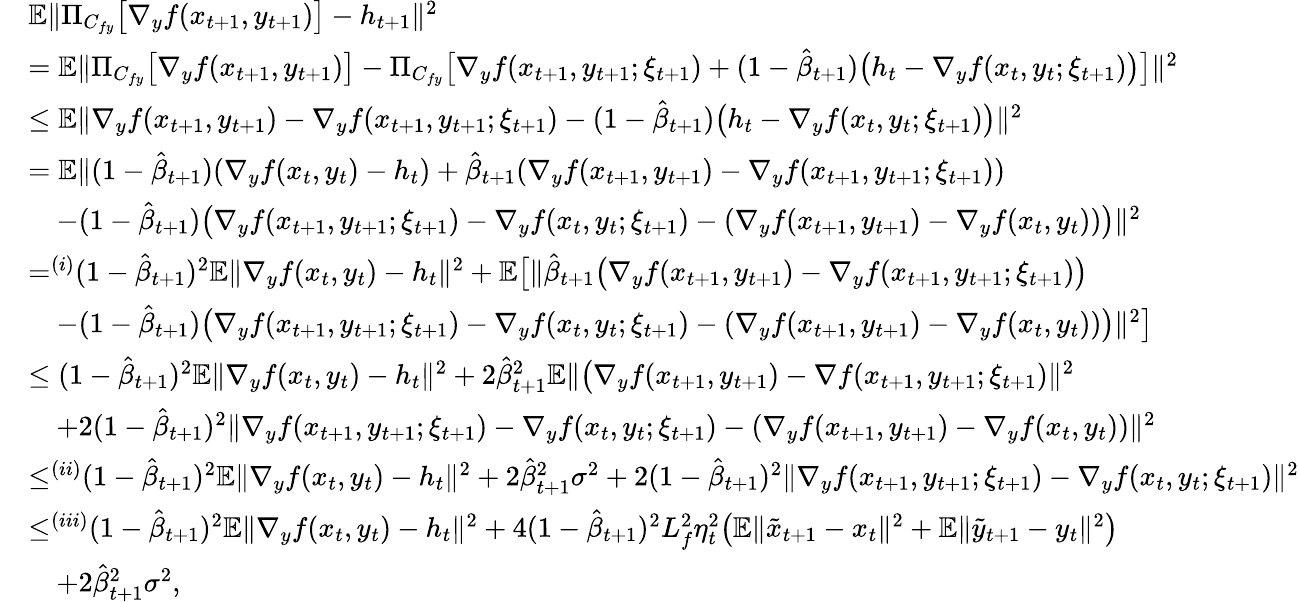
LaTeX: \begin{array}{rl}&{\mathbb{E}\| \Pi_{C_{fy}}\big[\nabla_{y}f(x_{t+1},y_{t+1})\big]-h_{t+1}\| ^{2}}\\ &{=\mathbb{E}\| \Pi_{C_{fy}}\big[\nabla_{y}f(x_{t+1},y_{t+1})\big]-\Pi_{C_{fy}}\big[\nabla_{y}f(x_{t+1},y_{t+1};\xi_{t+1})+(1-\hat{\beta}_{t+1})\big(h_{t}-\nabla_{y}f(x_{t},y_{t};\xi_{t+1})\big)\big]\| ^{2}}\\ &{\leq\mathbb{E}\| \nabla_{y}f(x_{t+1},y_{t+1})-\nabla_{y}f(x_{t+1},y_{t+1};\xi_{t+1})-(1-\hat{\beta}_{t+1})\big(h_{t}-\nabla_{y}f(x_{t},y_{t};\xi_{t+1})\big)\| ^{2}}\\ &{=\mathbb{E}\| (1-\hat{\beta}_{t+1})(\nabla_{y}f(x_{t},y_{t})-h_{t})+\hat{\beta}_{t+1}(\nabla_{y}f(x_{t+1},y_{t+1})-\nabla_{y}f(x_{t+1},y_{t+1};\xi_{t+1}))}\\ &{\quad-(1-\hat{\beta}_{t+1})\big(\nabla_{y}f(x_{t+1},y_{t+1};\xi_{t+1})-\nabla_{y}f(x_{t},y_{t};\xi_{t+1})-(\nabla_{y}f(x_{t+1},y_{t+1})-\nabla_{y}f(x_{t},y_{t}))\big)\| ^{2}}\\ &{\mathop{=}^{(i)}(1-\hat{\beta}_{t+1})^{2}\mathbb{E}\| \nabla_{y}f(x_{t},y_{t})-h_{t}\| ^{2}+\mathbb{E}\big[\| \hat{\beta}_{t+1}\big(\nabla_{y}f(x_{t+1},y_{t+1})-\nabla_{y}f(x_{t+1},y_{t+1};\xi_{t+1})\big)}\\ &{\quad-(1-\hat{\beta}_{t+1})\big(\nabla_{y}f(x_{t+1},y_{t+1};\xi_{t+1})-\nabla_{y}f(x_{t},y_{t};\xi_{t+1})-(\nabla_{y}f(x_{t+1},y_{t+1})-\nabla_{y}f(x_{t},y_{t}))\big)\| ^{2}\big]}\\ &{\leq(1-\hat{\beta}_{t+1})^{2}\mathbb{E}\| \nabla_{y}f(x_{t},y_{t})-h_{t}\| ^{2}+2\hat{\beta}_{t+1}^{2}\mathbb{E}\| \big(\nabla_{y}f(x_{t+1},y_{t+1})-\nabla f(x_{t+1},y_{t+1};\xi_{t+1})\| ^{2}}\\ &{\quad+2(1-\hat{\beta}_{t+1})^{2}\| \nabla_{y}f(x_{t+1},y_{t+1};\xi_{t+1})-\nabla_{y}f(x_{t},y_{t};\xi_{t+1})-(\nabla_{y}f(x_{t+1},y_{t+1})-\nabla_{y}f(x_{t},y_{t}))\| ^{2}}\\ &{\mathop{\leq}^{(ii)}(1-\hat{\beta}_{t+1})^{2}\mathbb{E}\| \nabla_{y}f(x_{t},y_{t})-h_{t}\| ^{2}+2\hat{\beta}_{t+1}^{2}\sigma^{2}+2(1-\hat{\beta}_{t+1})^{2}\| \nabla_{y}f(x_{t+1},y_{t+1};\xi_{t+1})-\nabla_{y}f(x_{t},y_{t};\xi_{t+1})\| ^{2}}\\ &{\mathop{\leq}^{(iii)}(1-\hat{\beta}_{t+1})^{2}\mathbb{E}\| \nabla_{y}f(x_{t},y_{t})-h_{t}\| ^{2}+4(1-\hat{\beta}_{t+1})^{2}L_{f}^{2}\eta_{t}^{2}\big(\mathbb{E}\| \tilde{x}_{t+1}-x_{t}\| ^{2}+\mathbb{E}\| \tilde{y}_{t+1}-y_{t}\| ^{2}\big)}\\ &{\quad+2\hat{\beta}_{t+1}^{2}\sigma^{2},}\end{array}